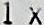
1X